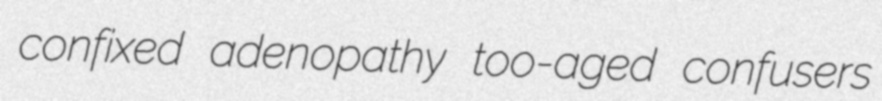
confixed adenopathy too-aged confusers